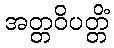
အတ္တဝိပတ္တိံ